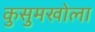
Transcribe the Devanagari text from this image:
कुसुमखोला